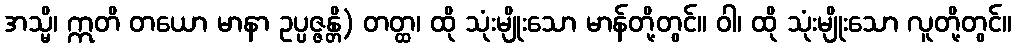
အသ္မိ၊ ဣတိ တယော မာနာ ဥပ္ပဇ္ဇန္တိ) တတ္ထ၊ ထို သုံးမျိုးသော မာန်တို့တွင်။ ဝါ၊ ထို သုံးမျိုးသော လူတို့တွင်။